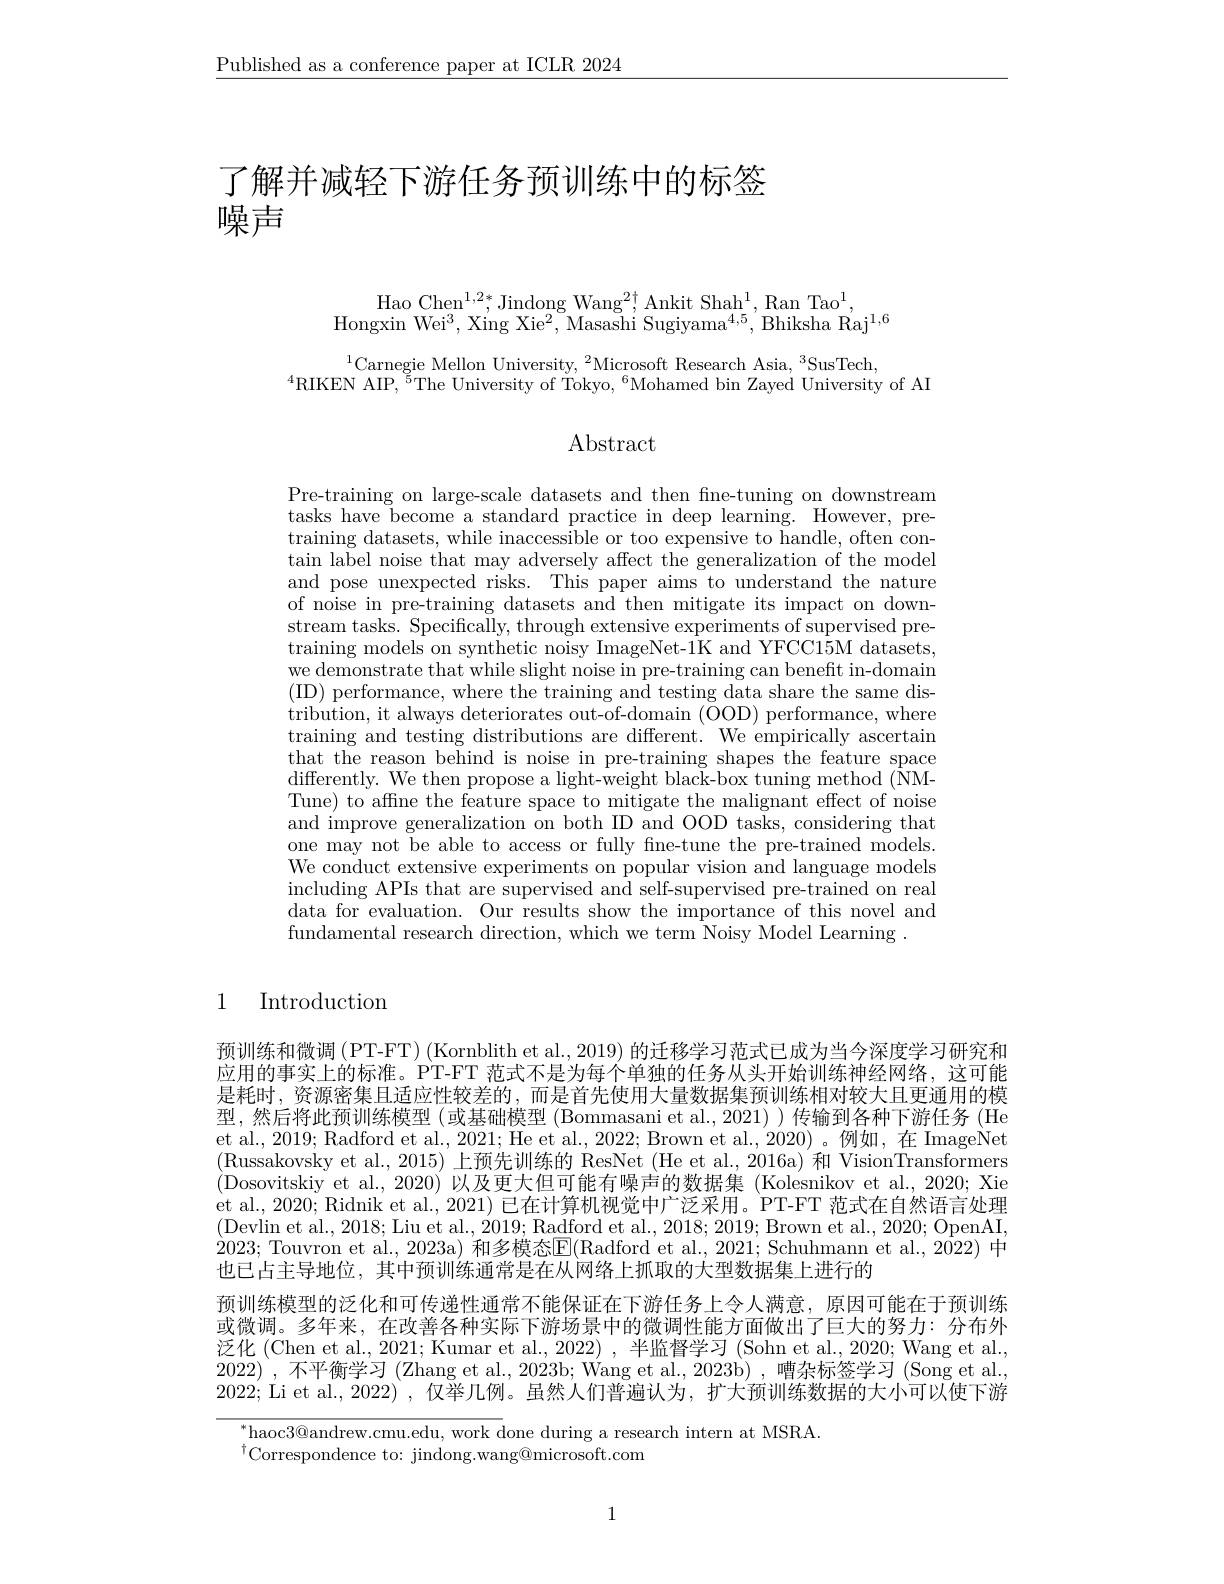
$\underline{\text{Published as a conference paper at ICLR 2024}}$

# 了解并减轻下游任务预训练中的标签噪声

Hao Chen$^1,2*$,Jindong Wang$^2\dagger$,Ankit Shah$^1$,Ran Tao$^1$,
$\mathrm{Hongxin~Wei}^{3}$,Xing Xie$^2$,Masashi Sugiyama$^4,5$,Bhiksha Raj$^1,6$

$^{1}$Carnegie Mellon University,$^2$Microsoft Research Asia,$^3$SusTech,
$^{4}$RIKEN AIP,$^5$The University of Tokyo,$^6$Mohamed bin Zayed University of AI

$\operatorname{Abstract}$

Pre-training on large-scale datasets and then fne-tuning on downstream tasks have become a standard practice in deep learning. However, pretraining datasets, while inaccessible or too expensive to handle, often con- $\tan$label noise that may adversely affect the generalization of the model and pose unexpected risks. This paper aims to understand the nature of noise in pre-training datasets and then mitigate its impact on downstream tasks. Specifically, through extensive experiments of supervised pretraining models on synthetic noisy ImageNet-1K and YFCC15M datasets, we demonstrate that while slight noise in pre-training can benefit in-domain (ID) performance, where the training and testing data share the same distribution, it always deteriorates out-of-domain (OOD) performance, where training and testing distributions are different. We empirically ascertain that the reason behind is noise in pre-training shapes the feature space $\operatorname*{differently.}$We then propose a light-weight black-box tuning method ( NMTune) to affine the feature space to mitigate the malignant effect of noise and improve generalization on both ID and OOD tasks, considering that one may not be able to access or fully fne-tune the pre-trained models. We conduct extensive experiments on popular vision and language models including APIs that are supervised and self-supervised pre-trained on real data for evaluation. Our results show the importance of this novel and fundamental research direction, which we term Noisy Model Learning .

## 1 Introduction

预训练和微调 (PT-FT) (Kornblith et al., 2019) 的迁移学习范式已成为当今深度学习研究和应用的事实上的标准。PT-FT 范式不是为每个单独的任务从头开始训练神经网络，这可能是耗时，资源密集且适应性较差的，而是首先使用大量数据集预训练相对较大且更通用的模型，然后将此预训练模型(或基础模型(Bommasani et al.,2021))传输到各种下游任务(He et al., 2019; Radford et al., 2021; He et al., 2022; Brown et al., 2020)。例如，在 ImageNet (Russakovsky et al., 2015) 上预先训练的 ResNet (He et al., 2016a) 和 VisionTransformers (Dosovitskiy et al., 2020) 以及更大但可能有噪声的数据集 (Kolesnikov et al., 2020; Xie et al., 2020; Ridnik et al., 2021) 已在计算机视觉中广泛采用。PT-FT 范式在自然语言处理(Devlin et al., 2018; Liu et al., 2019; Radford et al., 2018; 2019; Brown et al., 2020; OpenAI, 2023; Touvron et al., 2023a) 和多模态$\underline{\mathrm{E}}($Radford et al., 2021; Schuhmann et al., 2022) 中也已占主导地位，其中预训练通常是在从网络上抓取的大型数据集上进行的
预训练模型的泛化和可传递性通常不能保证在下游任务上令人满意，原因可能在于预训练或微调。多年来，在改善各种实际下游场景中的微调性能方面做出了巨大的努力：分布外泛化 (Chen et al., 2021; Kumar et al., 2022) , 半监督学习 (Sohn et al., 2020; Wang et al., 2022) ,不平衡学习 (Zhang et al., 2023b; Wang et al., 2023b) , 嘈杂标签学习 (Song et al., 2022; Li et al.,2022),仅举几例。虽然人们普遍认为，扩大预训练数据的大小可以使下游

$^{*}$haoc$3@$andrew.cmu.edu, work done during a research intern at MSRA.
$^{\dagger}$Correspondence to: jindong.wang@microsoft.com

1